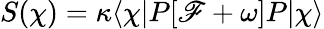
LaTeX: S(\chi)=\kappa\langle\chi|P[\mathscr{F}+\omega]P|\chi\rangle